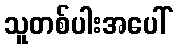
သူတစ်ပါးအပေါ်